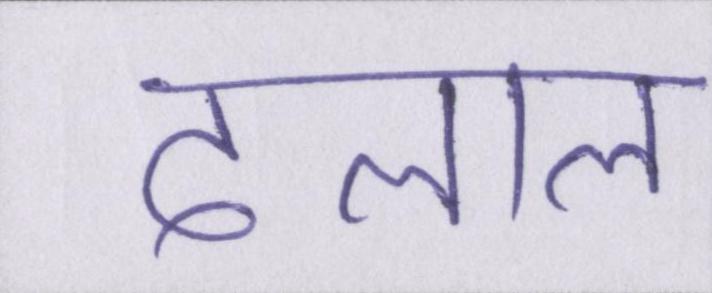
दलाल